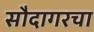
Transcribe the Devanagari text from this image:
सौदागरचा